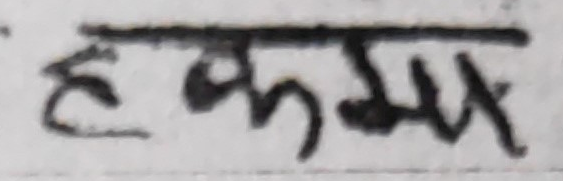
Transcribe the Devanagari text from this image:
हकम्म